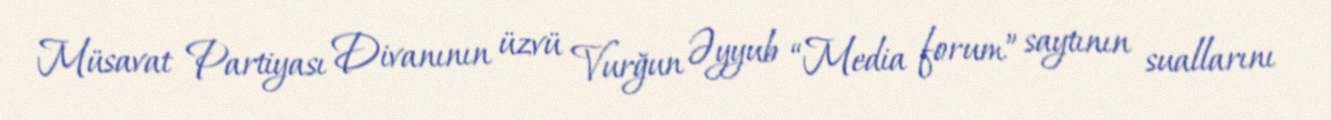
Müsavat Partiyası Divanının üzvü Vurğun Əyyub “Media forum” saytının suallarını